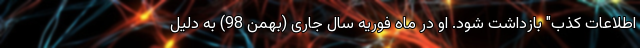
اطلاعات کذب" بازداشت شود. او در ماه فوریه سال جاری (بهمن 98) به دلیل